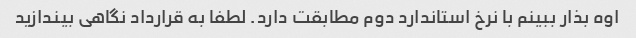
اوه بذار ببینم با نرخ استاندارد دوم مطابقت دارد. لطفا به قرارداد نگاهی بیندازید